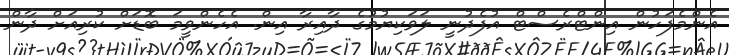
އެންމެފަހުން އިންޓްރެސްޓް އުފެދުނީ ލަވަކިޔުމުގެ ދާއިރާ އިން. އެހެންވީމަ ބޮޑަށް ކުރިއަށް ދާން